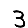
Digit: 3